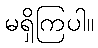
မရှိကြပါ။